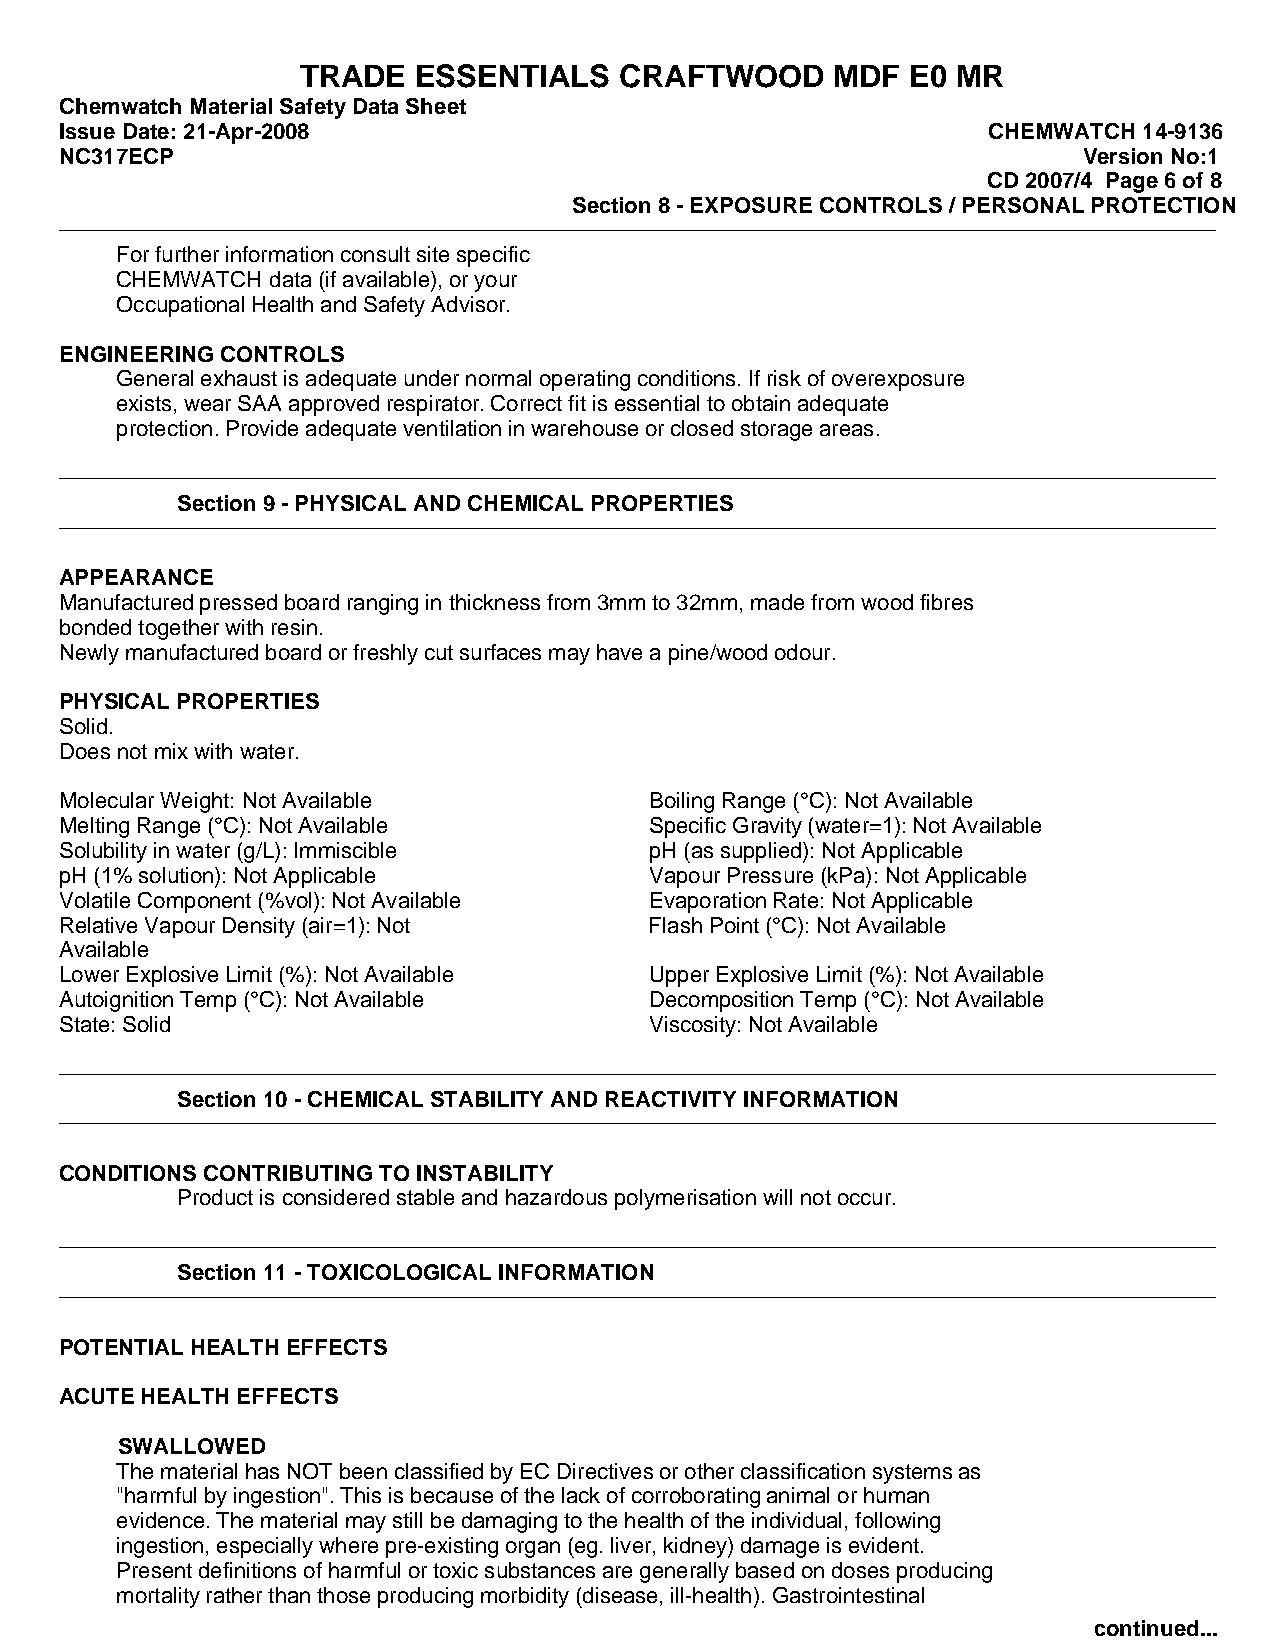
TRADE   ESSENTIALS   CRAFTWOOD     MDF  E0 MR
 Chemwatch Material Safety Data Sheet
 Issue Date: 21-Apr-2008                                      CHEMWATCH  14-9136
 NC317ECP                                                            Version No:1
 CD 2007/4 Page 6 of 8
 Section 8 - EXPOSURE CONTROLS / PERSONAL PROTECTION
 Forfurtherinformationconsultsitespecific
 CHEMWATCH data(ifavailable),oryour
 OccupationalHealthandSafetyAdvisor.
 ENGINEERING CONTROLS
 Generalexhaustisadequateundernormaloperatingconditions.Ifriskofoverexposure
 exists,wearSAAapprovedrespirator.Correctfitisessentialtoobtainadequate
 protection.Provideadequateventilationinwarehouseorclosedstorageareas.
 Section 9 - PHYSICAL AND CHEMICAL PROPERTIES
 APPEARANCE
 Manufacturedpressedboardranginginthicknessfrom3mmto32mm,madefromwoodfibres
 bondedtogetherwithresin.
 Newlymanufacturedboardorfreshlycutsurfacesmayhaveapine/woododour.
 PHYSICAL PROPERTIES
 Solid.
 Does not mix with water.
 MolecularWeight: NotAvailable          BoilingRange(°C):NotAvailable
 MeltingRange(°C):NotAvailable          SpecificGravity(water=1):NotAvailable
 Solubilityinwater(g/L):Immiscible      pH(assupplied):NotApplicable
 pH(1%solution):NotApplicable           VapourPressure(kPa):NotApplicable
 VolatileComponent(%vol):NotAvailable   EvaporationRate:NotApplicable
 RelativeVapourDensity(air=1):Not       FlashPoint(°C):NotAvailable
 Available
 LowerExplosiveLimit(%):NotAvailable    UpperExplosiveLimit(%):NotAvailable
 AutoignitionTemp(°C):NotAvailable      DecompositionTemp(°C):NotAvailable
 State:Solid                            Viscosity:NotAvailable
 Section 10 - CHEMICAL STABILITY AND REACTIVITY INFORMATION
 CONDITIONS CONTRIBUTING TO INSTABILITY
 Product is considered stable and hazardous polymerisation will not occur.
 Section 11 - TOXICOLOGICAL INFORMATION
 POTENTIAL HEALTH EFFECTS
 ACUTE HEALTH EFFECTS
 SWALLOWED
 ThematerialhasNOTbeenclassifiedbyECDirectivesorotherclassificationsystemsas
 "harmfulbyingestion".Thisisbecauseofthelackofcorroboratinganimalorhuman
 evidence.Thematerialmaystillbedamagingtothehealthoftheindividual,following
 ingestion,especiallywherepre-existingorgan(eg.liver,kidney)damageisevident.
 Presentdefinitionsofharmfulortoxicsubstancesaregenerallybasedondosesproducing
 mortalityratherthanthoseproducingmorbidity(disease,ill-health).Gastrointestinal
 continued...